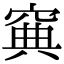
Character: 𥦟